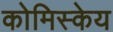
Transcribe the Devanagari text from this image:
कोमिस्केय